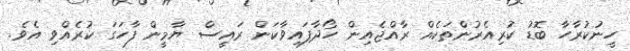
ހީނުކުރާހާ ބޮޑު ކުރިއެރުންތަކެއް ރާއްޖެއިން ހޯދާފައިވާކަން ރައީސް ޔާމީން ފާހަގަ ކުރެއްވި އެވެ.